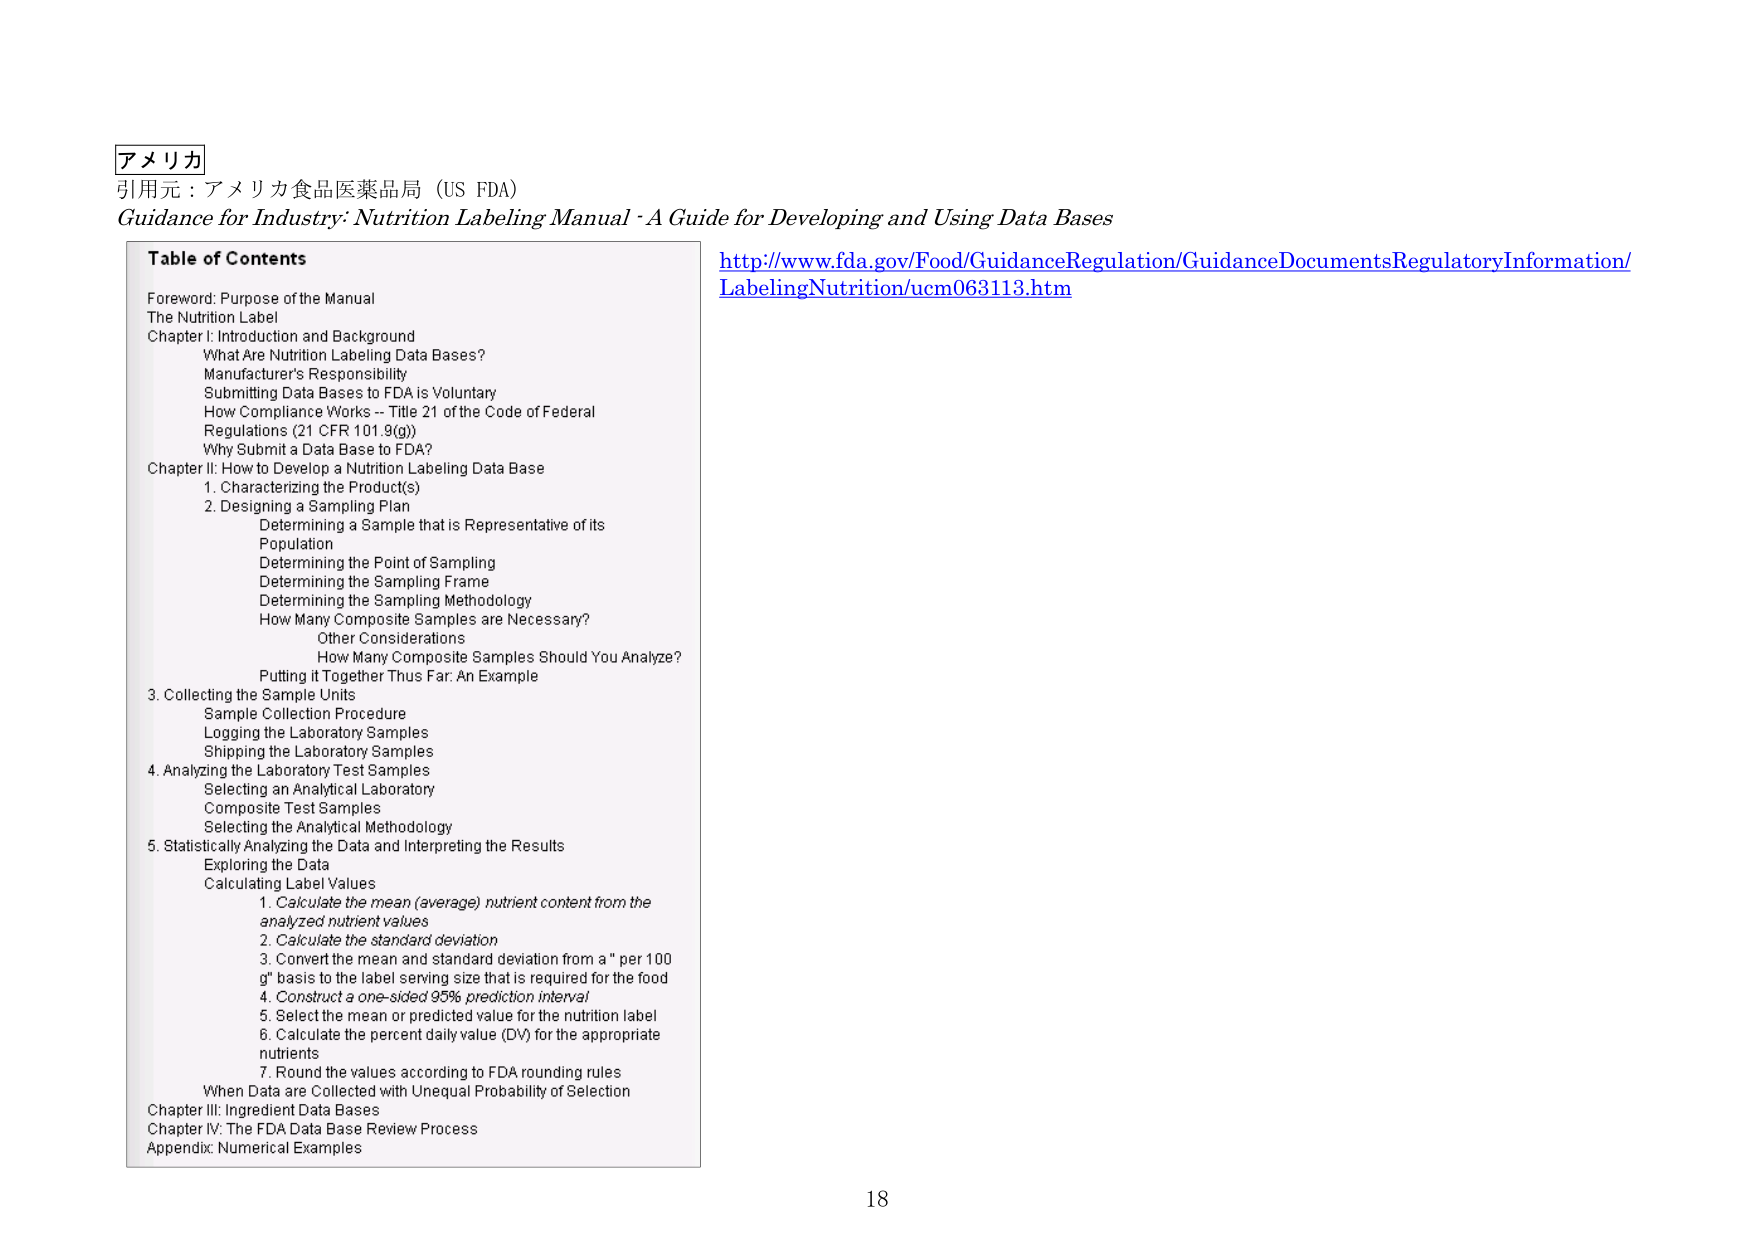
アメリカ
引用元：アメリカ食品医薬品局（US FDA）
Guidance for Industry: Nutrition Labeling Manual - A Guide for Developing and Using Data Bases

Table of Contents
Foreword: Purpose of the Manual
The Nutrition Label
Chapter I: Introduction and Background
    What Are Nutrition Labeling Data Bases?
    Manufacturer's Responsibility
    Submitting Data Bases to FDA is Voluntary
    How Compliance Works -- Title 21 of the Code of Federal Regulations (21 CFR 101.9(g))
    Why Submit a Data Base to FDA?
Chapter II: How to Develop a Nutrition Labeling Data Base
    1. Characterizing the Product(s)
    2. Designing a Sampling Plan
        Determining a Sample that is Representative of its Population
        Determining the Point of Sampling
        Determining the Sampling Frame
        Determining the Sampling Methodology
        How Many Composite Samples are Necessary?
        Other Considerations
            How Many Composite Samples Should You Analyze?
        Putting it Together Thus Far: An Example
    3. Collecting the Sample Units
        Sample Collection Procedure
        Logging the Laboratory Samples
        Shipping the Laboratory Samples
    4. Analyzing the Laboratory Test Samples
        Selecting an Analytical Laboratory
        Composite Test Samples
        Selecting the Analytical Methodology
    5. Statistically Analyzing the Data and Interpreting the Results
        Exploring the Data
        Calculating Label Values
            1. Calculate the mean (average) nutrient content from the analyzed nutrient values
            2. Calculate the standard deviation
            3. Convert the mean and standard deviation from a "per 100 g" basis to the label serving size that is required for the food
            4. Construct a one-sided 95% prediction interval
            5. Select the mean or predicted value for the nutrition label
            6. Calculate the percent daily value (DV) for the appropriate nutrients
            7. Round the values according to FDA rounding rules
        When Data are Collected with Unequal Probability of Selection
Chapter III: Ingredient Data Bases
Chapter IV: The FDA Data Base Review Process
Appendix: Numerical Examples

http://www.fda.gov/Food/GuidanceRegulation/GuidanceDocumentsRegulatoryInformation/LabelingNutrition/ucm063113.htm

18